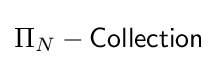
\Pi _{N}-{\mathsf {Collection}}